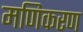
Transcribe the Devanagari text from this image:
मणिकरण